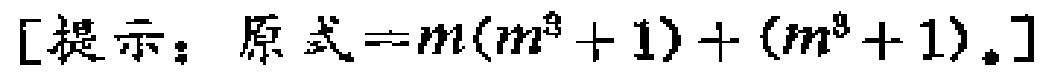
[提示：原式=$m(m^{3}+1)+(m^{3}+1)$。]